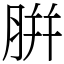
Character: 腁